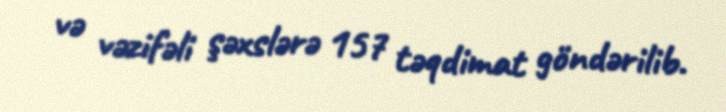
və vəzifəli şəxslərə 157 təqdimat göndərilib.